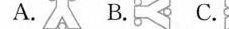
A. B. C.